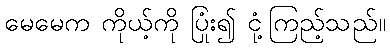
မေမေက ကိုယ့်ကို ပြုံး၍ ငုံ့ကြည့်သည်။